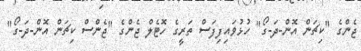
ޖެންގެ "ކިޗަން އޮން-ދަ-ގޯ" ހުޅުވައިފިފަސް ތަރީގެ ހޮޓެލް ޖެންގެ "ޖެންސް ކިޗަން އޮން-ދަ-ގޯ"